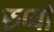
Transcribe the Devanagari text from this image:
रुप्यों